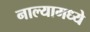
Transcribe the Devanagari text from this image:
नाल्यामध्ये